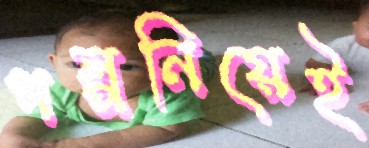
গল্পনিয়েই